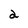
Character: 2